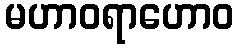
မဟာဝရာဟောဝ